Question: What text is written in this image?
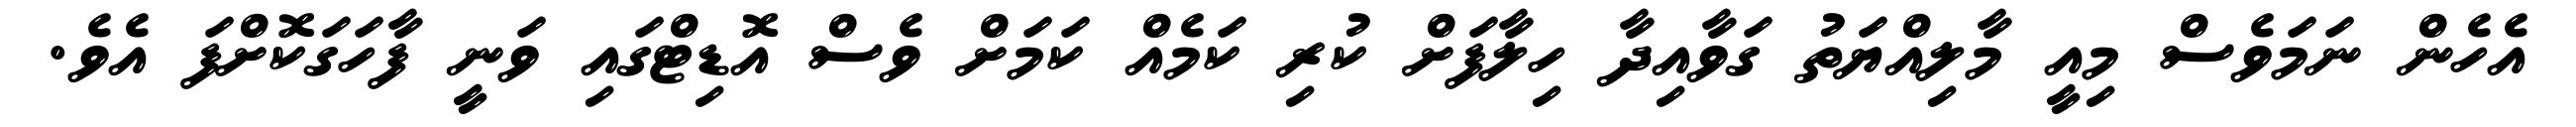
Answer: އެހެން ނަމަވެސް މިއީ މާލިއްޔަތު ގަވާއިދާ ހިލާފަށް ކުރި ކަމެއް ކަމަށް ވެސް އޮޑިޓްގައި ވަނީ ފާހަގަކޮށްފަ އެވެ.